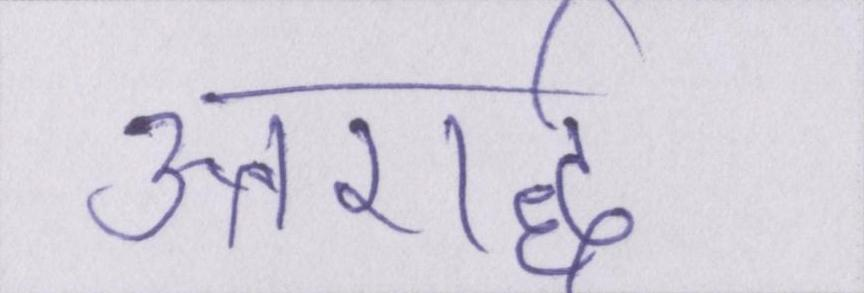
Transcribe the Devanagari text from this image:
उत्तरार्द्ध